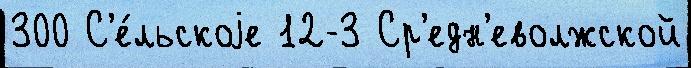
300 С'е́льскоjе 12-3 Ср'едн'еволжской